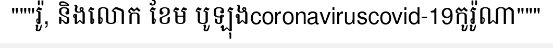
"""រ៉ូ, និងលោក ខែម បូឡុងcoronaviruscovid-19កូរ៉ូណា"""